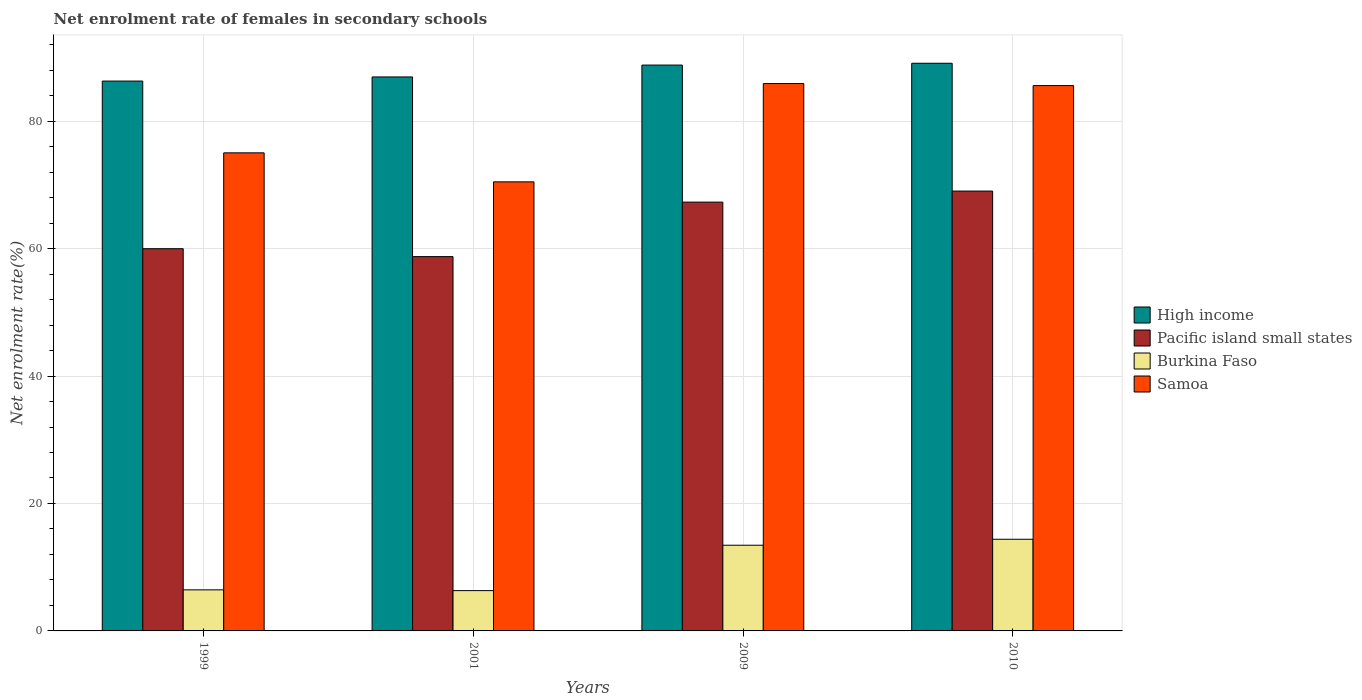
| Years | High income | Pacific island small states | Burkina Faso | Samoa |
 | --- | --- | --- | --- | --- |
 | 1999 | 86.3 | 60 | 6.44 | 75 |
 | 2001 | 86.9 | 58.7 | 6.33 | 70.5 |
 | 2009 | 88.8 | 67.3 | 13.4 | 85.9 |
 | 2010 | 89.1 | 69 | 14.4 | 85.6 |